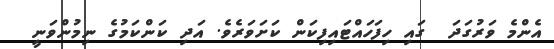
އެންމެ ވަރުގަދަ  ގައި ހިފަހައްޓައިފިކަން ކަށަވަރެވެ. އަދި ކަންކަމުގެ ނިމުންވަނީ